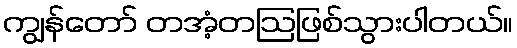
ကျွန်တော် တအံ့တဩဖြစ်သွားပါတယ်။